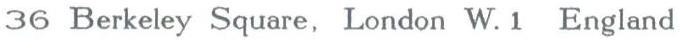
36 Berkeley Square, London W.1 England